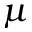
\boldsymbol { \mu }